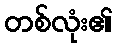
တစ်လုံး၏